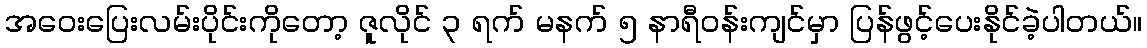
အဝေးပြေးလမ်းပိုင်းကိုတော့ ဇူလိုင် ၃ ရက် မနက် ၅ နာရီဝန်းကျင်မှာ ပြန်ဖွင့်ပေးနိုင်ခဲ့ပါတယ်။